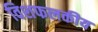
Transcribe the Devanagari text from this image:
विशफलकीय